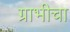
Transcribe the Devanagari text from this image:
ग्राभीचा